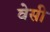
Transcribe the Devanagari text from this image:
वेसी